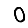
Digit: 0